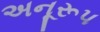
અનૂરૂપ